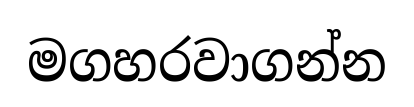
මගහරවාගන්න